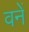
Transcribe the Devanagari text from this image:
वनें